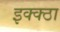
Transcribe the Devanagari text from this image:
इक्क्ठा